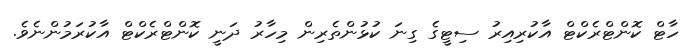
ހާޓް ކޮންޓްރެކްޓް އާކުރިއިރު ސިޓީގެ ގިނަ ކުޅުންތެރިން މިހާރު ދަނީ ކޮންޓްރެކްޓް އާކުރަމުންނެވެ.